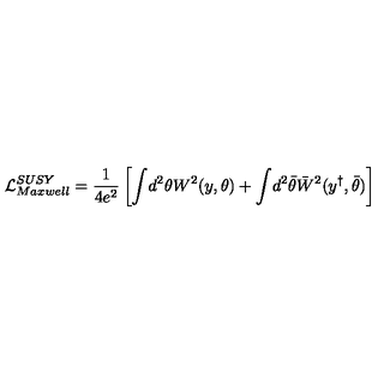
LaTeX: { \cal L } _ { M a x w e l l } ^ { S U S Y } = \frac { 1 } { 4 e ^ { 2 } } \left[ \int \! d ^ { 2 } \theta W ^ { 2 } \! \left( y , \theta \right) + \int \! d ^ { 2 } \bar { \theta } \bar { W } ^ { 2 } ( y ^ { \dagger } , \bar { \theta } ) \right]